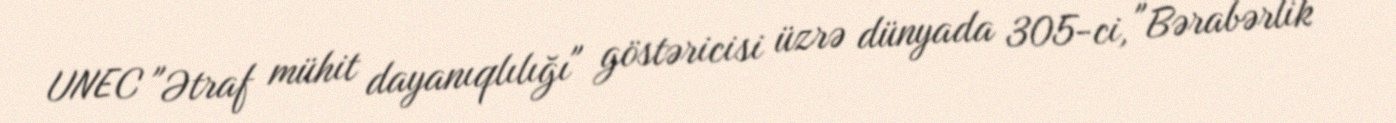
UNEC "Ətraf mühit dayanıqlılığı" göstəricisi üzrə dünyada 305-ci, "Bərabərlik"